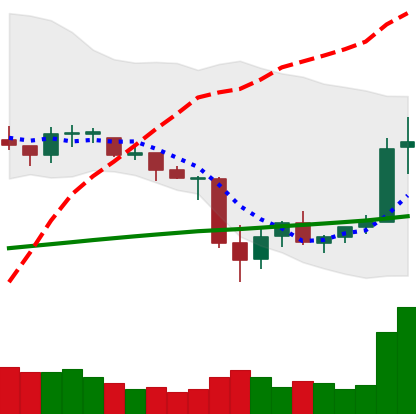
Ticker: ETC-USD
Chart end date: 2021-06-30
Forward return: -6.845%
Label: down_5_7